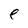
Character: e